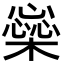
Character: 橤